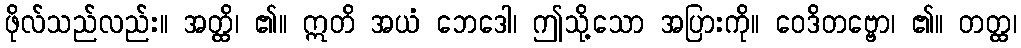
ဖိုလ်သည်လည်း။ အတ္ထိ၊ ၏။ ဣတိ အယံ ဘေဒေါ၊ ဤသို့သော အပြားကို။ ဝေဒိတဗ္ဗော၊ ၏။ တတ္ထ၊